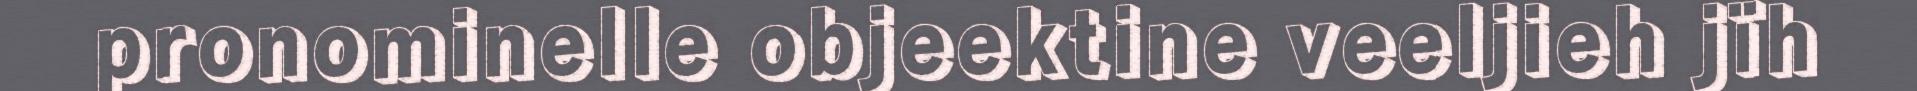
pronominelle objeektine veeljieh jïh